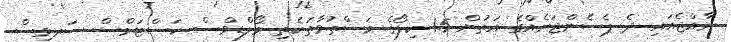
ރާއްޖެއައި ދެ ޕެސެންޖަރެއްގެ އަތުން 1.5 ކިލޯގެ މަސްތުވާތަކެތި މޯލްޑިވްސް ކަސްޓަމްސް ސަރވިސް